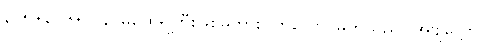
၃၂၅+၃၂၆+ ပန၊ မထေရ်ကြီးဖြစ်မူကား။ ဗာလော၊ မိုက်သည်။ အဗျတ္တော၊